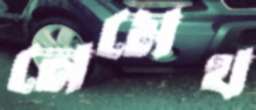
নেমেথ